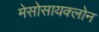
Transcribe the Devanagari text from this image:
मेसोसायक्लोन